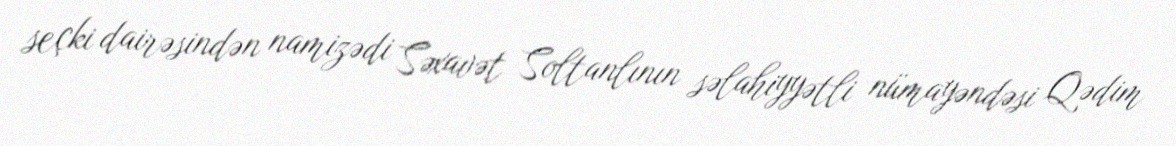
seçki dairəsindən namizədi Səxavət Soltanlının səlahiyyətli nümayəndəsi Qədim